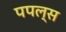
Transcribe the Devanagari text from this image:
पपल्स